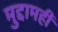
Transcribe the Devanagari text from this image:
मुद्दामही